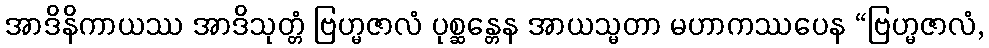
အာဒိနိကာယဿ အာဒိသုတ္တံ ဗြဟ္မဇာလံ ပုစ္ဆန္တေန အာယသ္မတာ မဟာကဿပေန “ဗြဟ္မဇာလံ,